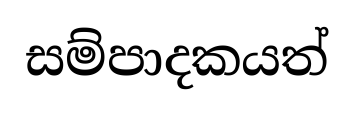
සම්පාදකයත්